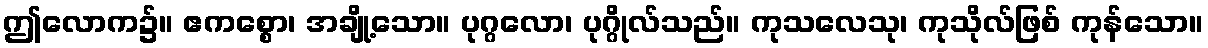
ဤလောက၌။ ဧကစ္စော၊ အချို့သော။ ပုဂ္ဂလော၊ ပုဂ္ဂိုလ်သည်။ ကုသလေသု၊ ကုသိုလ်ဖြစ် ကုန်သော။